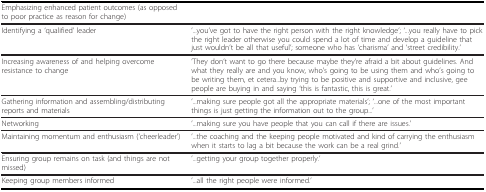
| Emphasizing enhanced patient outcomes (as opposed to poor practice as reason for change) |  |
 | --- | --- |
 | Identifying a 'qualified' leader | '...you've got to have the right person with the right knowledge'; '...you really have to pick the right leader otherwise you could spend a lot of time and develop a guideline that just wouldn't be all that useful'; someone who has 'charisma' and 'street credibility.' |
 | Increasing awareness of and helping overcome resistance to change | 'They don't want to go there because maybe they're afraid a bit about guidelines. And what they really are and you know, who's going to be using them and who's going to be writing them, et cetera...by trying to be positive and supportive and inclusive, gee people are buying in and saying 'this is fantastic, this is great.' |
 | Gathering information and assembling/distributing reports and materials | '...making sure people got all the appropriate materials'; '...one of the most important things is just getting the information out to the group...' |
 | Networking | '...making sure you have people that you can call if there are issues.' |
 | Maintaining momentum and enthusiasm ('cheerleader') | '...the coaching and the keeping people motivated and kind of carrying the enthusiasm when it starts to lag a bit because the work can be a real grind.' |
 | Ensuring group remains on task (and things are not missed) | '...getting your group together properly.' |
 | Keeping group members informed | '...all the right people were informed.' |